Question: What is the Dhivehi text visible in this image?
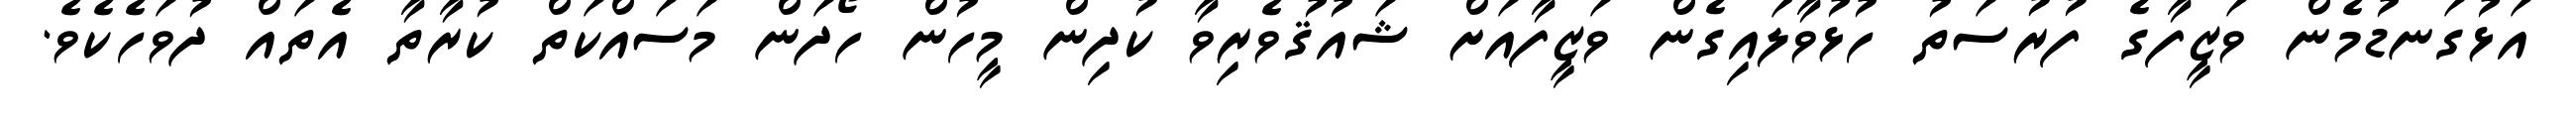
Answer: އަޅުގަނޑުމެން ވަޒީފާގެ ފުރުސަތު ހުޅުވާލައިގެން ވަޒީފާއަށް ޝައުޤުވެރިވާ ކުދިން މީހުން ހޯދަން މަސައްކަތް ކުރާތާ އެތައް ދުވަހެކެވެ.